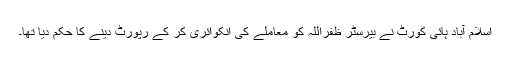
اسلام آباد ہائی کورٹ نے بیرسٹر ظفراللہ کو معاملے کی انکوائری کر کے رپورٹ دینے کا حکم دیا تھا۔